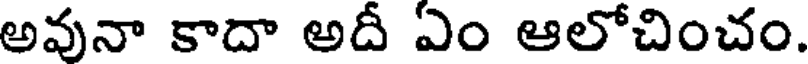
అవునా కాదా అదీ ఏం ఆలోచించం.